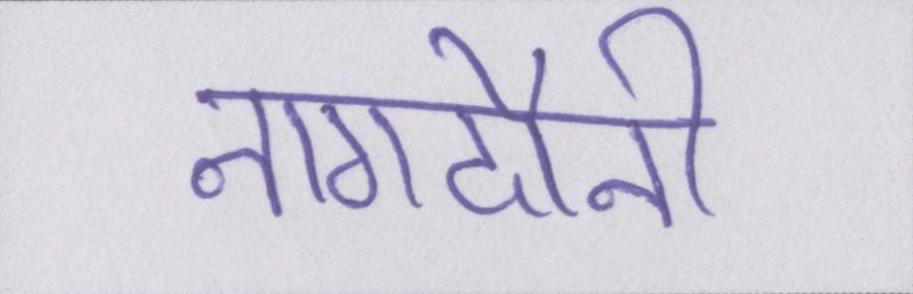
नागदौनी